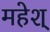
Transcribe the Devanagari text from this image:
महेश्